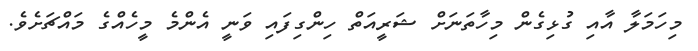
މިހަމަލާ އާއި ގުޅިގެން މިހާތަނަށް ޝަރީއަތް ހިންގިފައި ވަނީ އެންމެ މީހެއްގެ މައްޗަށެވެ.